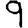
Digit: 9